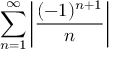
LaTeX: \sum _ { n = 1 } ^ { \infty } { \bigg | } { \frac { ( - 1 ) ^ { n + 1 } } { n } } { \bigg | }